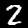
Label: 2